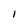
Character: I